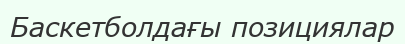
Баскетболдағы позициялар